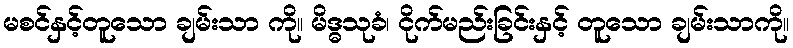
မစင်နှင့်တူသော ချမ်းသာ ကို။ မိဒ္ဓသုခံ၊ ငိုက်မည်းခြင်းနှင့် တူသော ချမ်းသာကို။